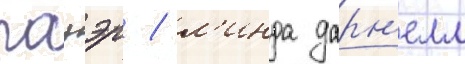
пауэр / л'инда дарн'елл